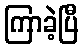
ကြာခဲ့ပြီ